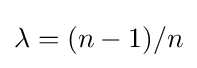
\lambda =(n-1)/n